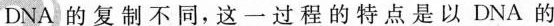
DNA 的复制不同，这一过程的特点是以 DNA 的